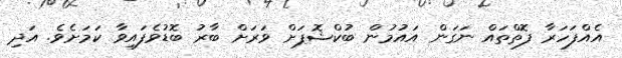
އެއްފަހަރާ ފޮތްތައް ނަގަން އައުމުން ބުކްޝޮޕަށް ވަރަށް ބާރު ބޮޑުވެފައިވާ ކަމަށެވެ. އަދި